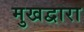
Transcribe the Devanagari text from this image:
मुखद्वारा